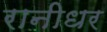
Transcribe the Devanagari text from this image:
रानीधर